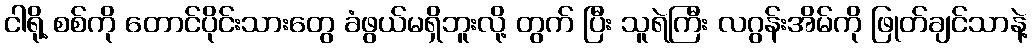
ငါရို့ စစ်ကို တောင်ပိုင်းသားတွေ ခံဖွယ်မရှိဘူးလို့ တွက် ပြီး သူရဲကြီး လဂွန်းအိမ်ကို ဖြုတ်ချင်သာနဲ့